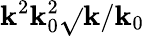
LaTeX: \mathbf{k}^{2}\mathbf{k}_{0}^{2}\sqrt{}{{\mathbf{k}/\mathbf{k}_{0}}}